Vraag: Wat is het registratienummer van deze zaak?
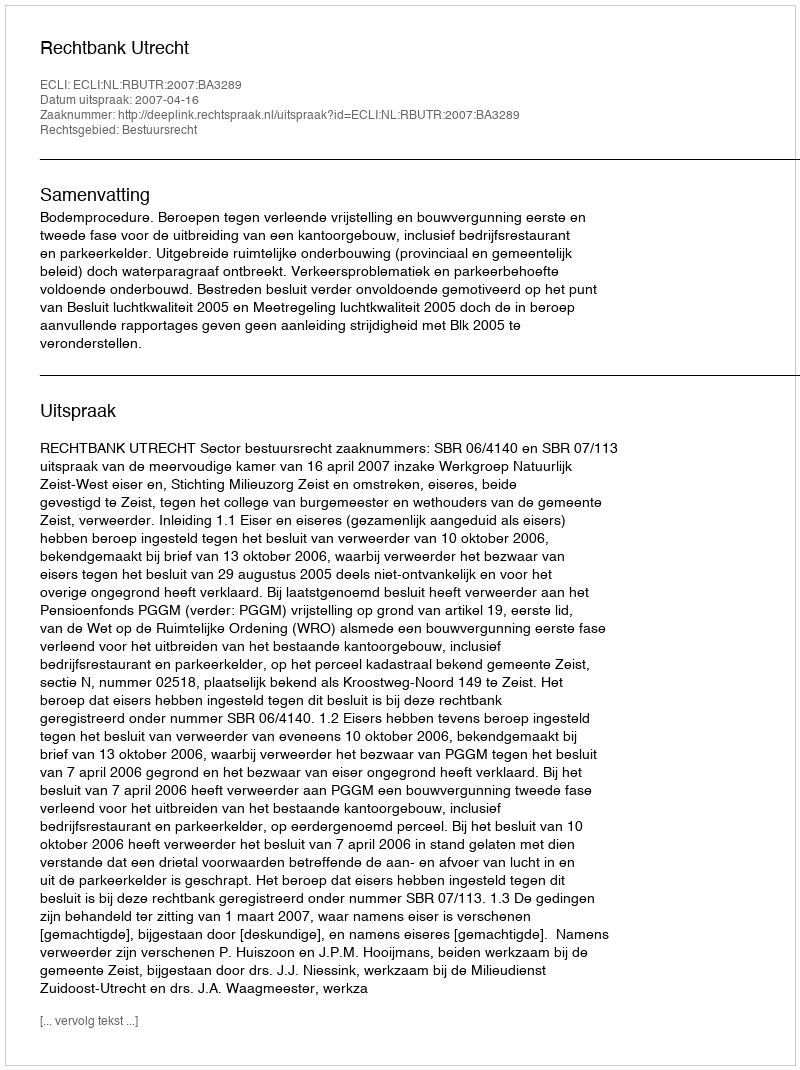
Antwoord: http://deeplink.rechtspraak.nl/uitspraak?id=ECLI:NL:RBUTR:2007:BA3289